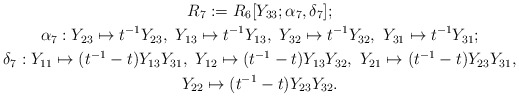
\begin{gather*}R_7:=R_6[Y_{33};\alpha_7,\delta_7];\\\alpha_7: Y_{23} \mapsto t^{-1}Y_{23}, \ Y_{13}\mapsto t^{-1}Y_{13}, \ Y_{32}\mapsto t^{-1}Y_{32}, \ Y_{31}\mapsto t^{-1}Y_{31};\\\delta_7: Y_{11} \mapsto (t^{-1}-t)Y_{13}Y_{31}, \ Y_{12}\mapsto (t^{-1}-t)Y_{13}Y_{32}, \ Y_{21}\mapsto (t^{-1}-t)Y_{23}Y_{31}, \\Y_{22}\mapsto (t^{-1}-t)Y_{23}Y_{32}.\end{gather*}